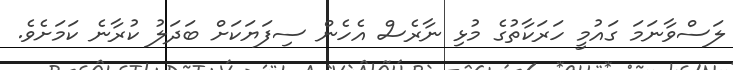
ލަސްވާނަމަ ގައުމީ ހަރަކާތުގެ މުޅި ނާރެސް އެހެން ސިފަޔަކަށް ބަދަލު ކުރާނެ ކަމަށެވެ.